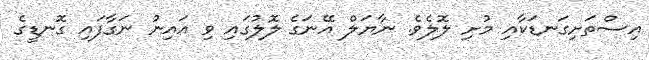
އިސްތަށިގަނޑަކާއި މުށި ލޮލެވެ. ނާޔަލް އޭނަގެ ލޮލުގައި ވި އައިނު ނަގާފައި ގޮނޑީގެ